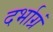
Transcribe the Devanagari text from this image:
दर्भाग्रं